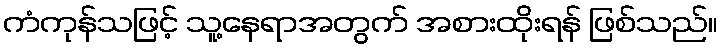
ကံကုန်သဖြင့် သူ့နေရာအတွက် အစားထိုးရန် ဖြစ်သည်။